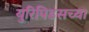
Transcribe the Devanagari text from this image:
युरिपिडसच्या